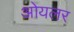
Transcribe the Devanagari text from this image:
ओयलर